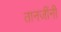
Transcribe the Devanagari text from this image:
तानजींनी